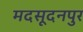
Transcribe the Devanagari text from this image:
मदसूदनपुर